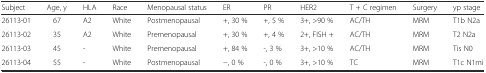
<table><thead><tr><td><b>Subject</b></td><td><b>Age, y</b></td><td><b>HLA</b></td><td><b>Race</b></td><td><b>Menopausal status</b></td><td><b>ER</b></td><td><b>PR</b></td><td><b>HER2</b></td><td><b>T + C regimen</b></td><td><b>Surgery</b></td><td><b>yp stage</b></td></tr></thead><tbody><tr><td>26113-01</td><td>67</td><td>A2</td><td>White</td><td>Postmenopausal</td><td>+, 30 %</td><td>+, 5 %</td><td>3+, &gt;90 %</td><td>AC/TH</td><td>MRM</td><td>T1b N2a</td></tr><tr><td>26113-02</td><td>35</td><td>A2</td><td>White</td><td>Premenopausal</td><td>+, 30 %</td><td>+, 4 %</td><td>2+, FISH +</td><td>AC/TH</td><td>MRM</td><td>T2 N2a</td></tr><tr><td>26113-03</td><td>45</td><td>-</td><td>White</td><td>Premenopausal</td><td>+, 84 %</td><td>-, 3 %</td><td>3+, &gt;10 %</td><td>AC/TH</td><td>MRM</td><td>Tis N0</td></tr><tr><td>26113-04</td><td>55</td><td>-</td><td>White</td><td>Postmenopausal</td><td>−, 0 %</td><td>-, 0 %</td><td>3+, &gt;10 %</td><td>TC</td><td>MRM</td><td>T1c N1mi</td></tr></tbody></table>